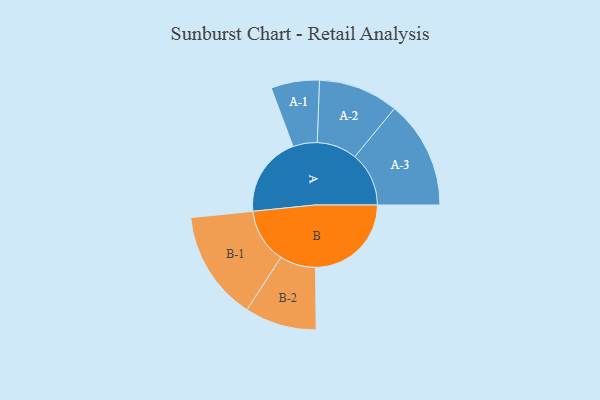
{"axis": {"x": "Segment", "y": "Value"}, "legend": ["", "A", "B"], "data": [{"x": "A", "y": 350, "type": ""}, {"x": "B", "y": 416, "type": ""}, {"x": "A-1", "y": 105, "type": "A"}, {"x": "A-2", "y": 174, "type": "A"}, {"x": "A-3", "y": 235, "type": "A"}, {"x": "B-1", "y": 238, "type": "B"}, {"x": "B-2", "y": 156, "type": "B"}]}